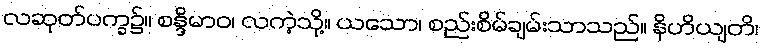
လဆုတ်ပက္ခ၌။ စန္ဒိမာဝ၊ လကဲ့သို့။ ယသော၊ စည်းစိမ်ချမ်းသာသည်။ နိဟိယျတိ၊